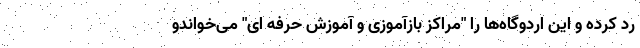
رد کرده و این اردوگاه‌ها را "مراکز بازآموزی و آموزش حرفه ای" می‌خواندو